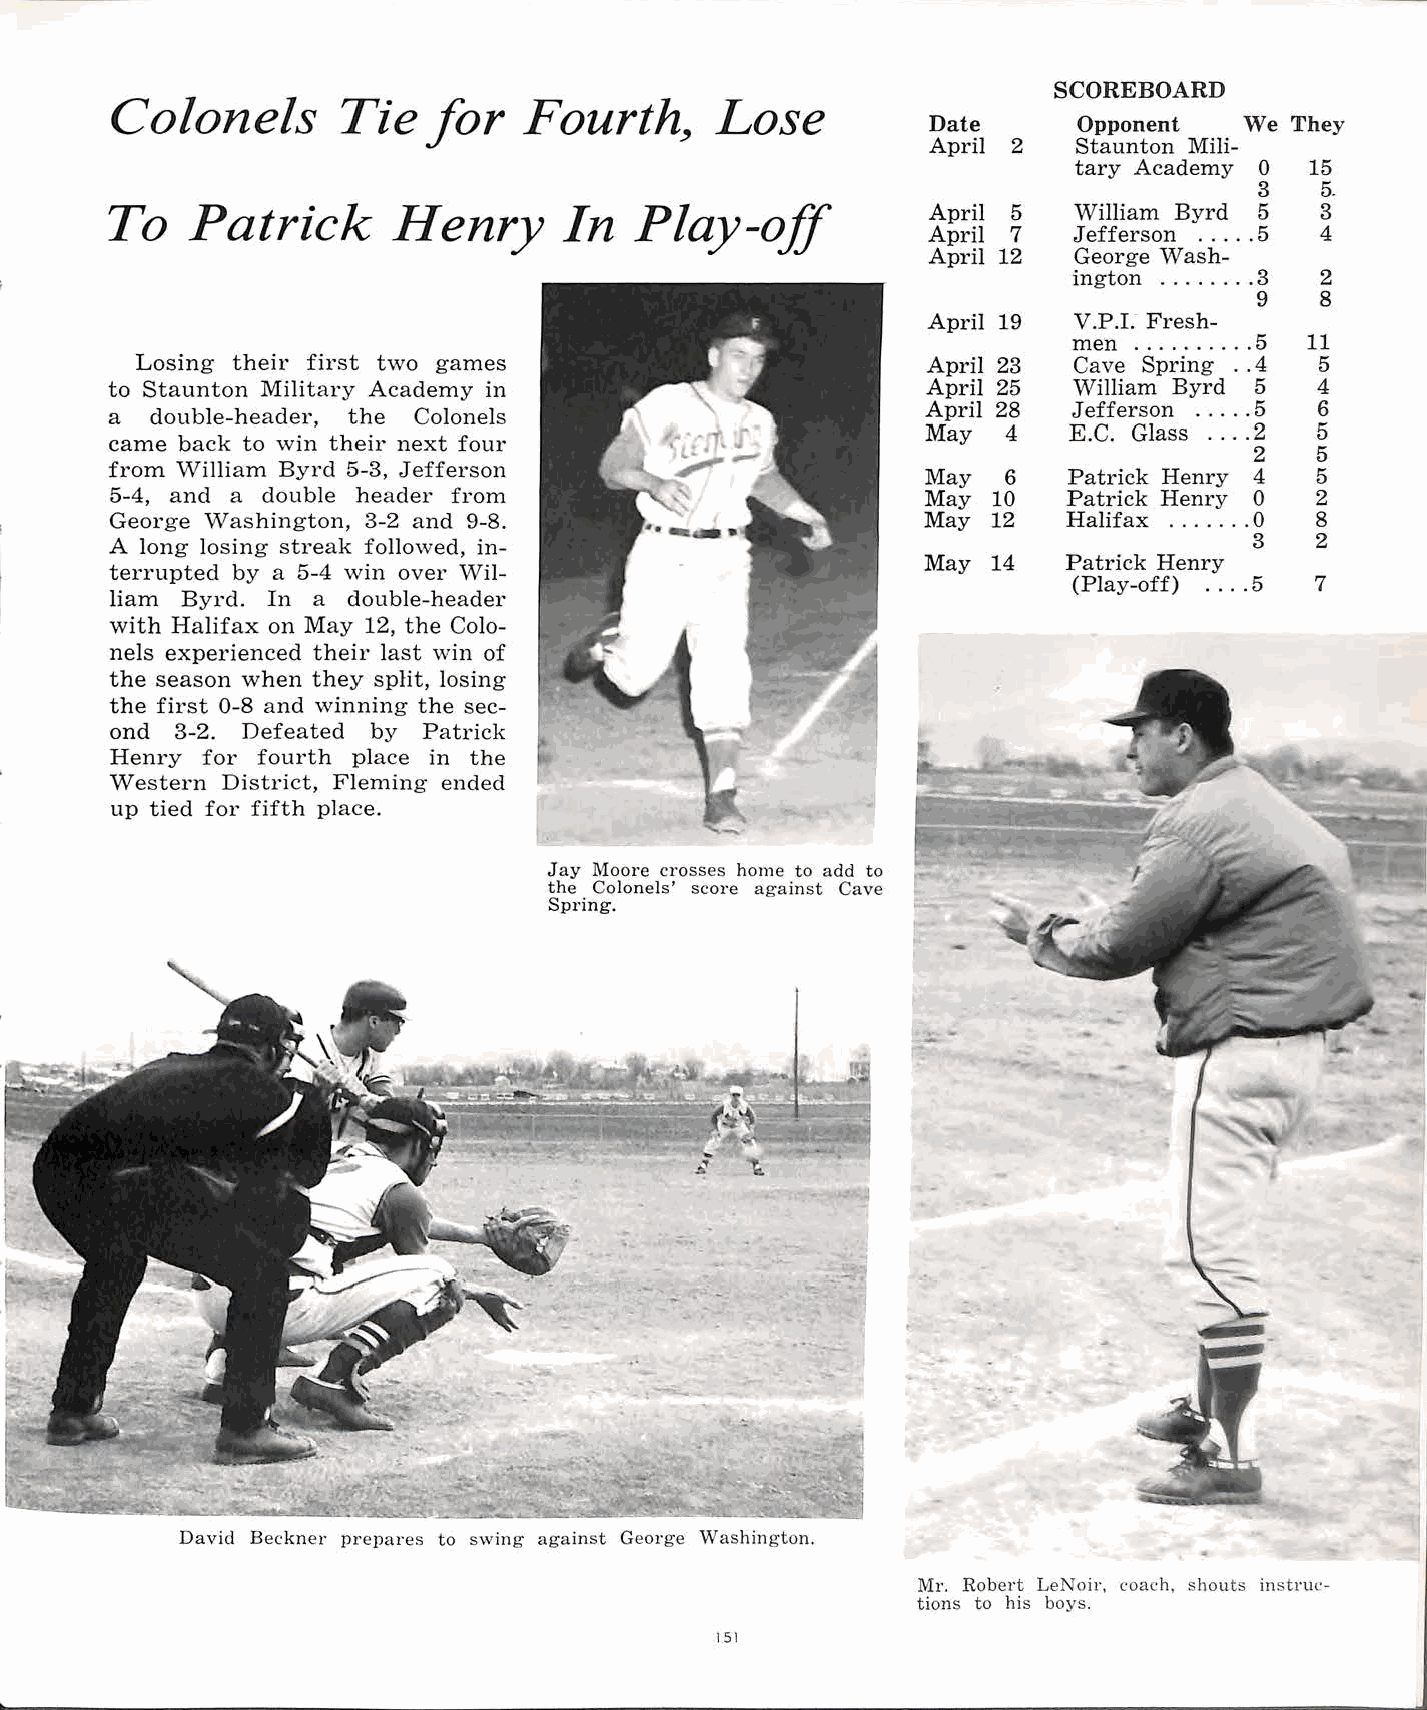
SCOREBOARD
 Colonels       Tie   for                Lose
 Fourth~                    Date      Opponent   We They
 April 2   Staunton Mili-
 tary Academy 0 15
 3   5.
 To   Patrick       Henry      In   Play-off           April 5   William Byrd 5  3
 April 7   Jefferson .. .. . 5 4
 April 12  George \Va sh-
 ington ........ 3 2
 9   8
 April 19  V .P. L Fresh-
 men .......... 5 11
 Losing their first two games                        April 23  Cave Spring . .4 5
 to Staunton Military Academy in                       April 25  William Byrd 5  4
 a  double-header, the Colonels                        April 28  Jefferson ..... 5 6
 May  4    E.C. Glass .... 2 5
 came back to win their next four
 2   5
 from William Byrd 5-3, Jefferson
 May  6    Patrick Henry 4 5
 5-4, and a double header from                         May  10   Patrick Henry 0 2
 George Washington, 3-2 and 9-8.                       May 12    Halifax ....... 0 8
 A long losing streak followed, in                                           3   2
 May 14   Patrick Henry
 terrupted by a 5-4 win over \Vil
 (Play-off) .... 5 7
 liam Byrd. In a double-header
 with Halifax on May 12, the Colo
 nels experienced their last win of
 the season when they split, losing
 the first 0-8 and winning the sec
 ond  3-2. Defeated by Patrick
 Henry for fourth place in the
 Western District, Fleming ended
 up tied for fifth place.
 Jay Moore crosses home to add to
 the Colonels' score against Cave
 Spring.
 David Beckner prepares to swing against George Washington.
 Mr. Robert LeNoir, coach, shouts instruc
 tions to his boys.
 151